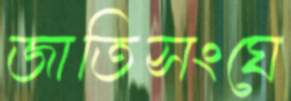
জাতিসংঘে